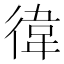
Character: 徫